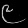
Digit: ၉